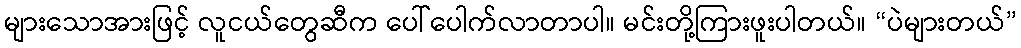
များသောအားဖြင့် လူငယ်တွေဆီက ပေါ်ပေါက်လာတာပါ။ မင်းတို့ကြားဖူးပါတယ်။ “ပဲများတယ်”